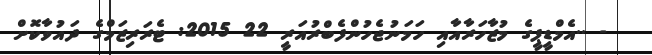
- ..އެމްޑީޕީގެ މުޒާހަރާއާއި ހަމަނުޖެހުންފެބްރުއަރީ 22 2015: ޓެރަރިޒަމްގެ ދައުވާކޮށް